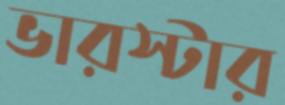
ভারস্টার